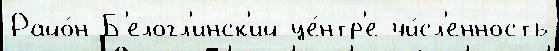
Райо́н Б'елогл'инск'ий це́нтр'е чи́сл'енность